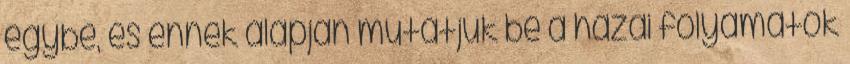
egybe, és ennek alapján mutatjuk be a hazai folyamatok